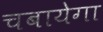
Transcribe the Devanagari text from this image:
चबायेगा